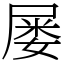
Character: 屡